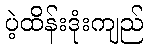
ပဲ့ထိန်းဒုံးကျည်